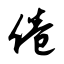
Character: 倦